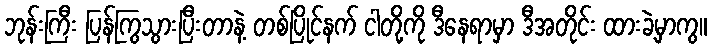
ဘုန်းကြီး ပြန်ကြွသွားပြီးတာနဲ့ တစ်ပြိုင်နက် ငါတို့ကို ဒီနေရာမှာ ဒီအတိုင်း ထားခဲ့မှာကွ။